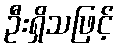
ဦးရှိသဖြင့်